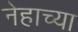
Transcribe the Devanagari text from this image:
नेहाच्या